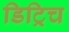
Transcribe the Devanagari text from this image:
डिट्रिच